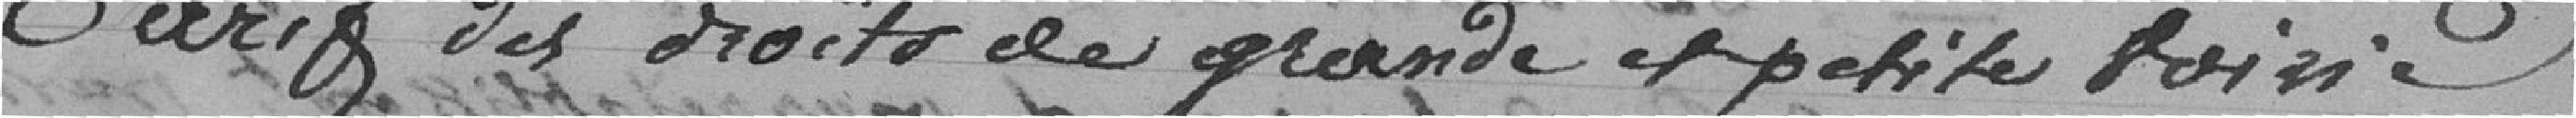
Tarif des droits de grande et petite loisir